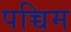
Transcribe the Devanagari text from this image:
पच्चिम